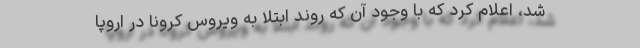
شد، اعلام کرد که با وجود آن که روند ابتلا به ویروس کرونا در اروپا